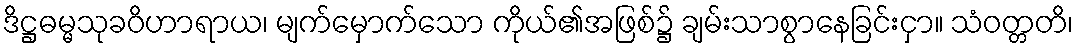
ဒိဋ္ဌဓမ္မသုခဝိဟာရာယ၊ မျက်မှောက်သော ကိုယ်၏အဖြစ်၌ ချမ်းသာစွာနေခြင်းငှာ။ သံဝတ္တတိ၊